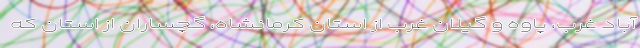
آباد غرب، پاوه و گیلان غرب از استان کرمانشاه، گچساران از استان که